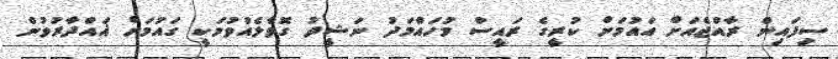
ސިފައިން ރާއްޖެއަށް އައުމަށް ކުރީގެ ރައީސް މުހައްމަދު ނަޝީދު ގޮވާލެއްވުމަކީ ގައުމަށް ޣައްދާރުވުން